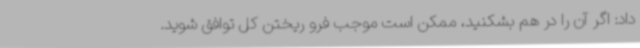
داد: اگر آن را در هم بشکنید، ممکن است موجب فرو ریختن کل توافق شوید.